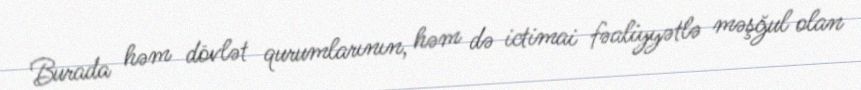
Burada həm dövlət qurumlarının, həm də ictimai fəaliyyətlə məşğul olan